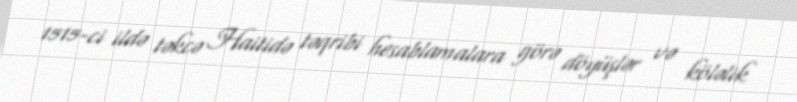
1515-ci ildə təkcə Haitidə təqribi hesablamalara görə döyüşlər və köləlik